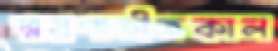
স্মরণাতীতকাল